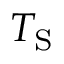
T _ { \mathrm { { S } } }